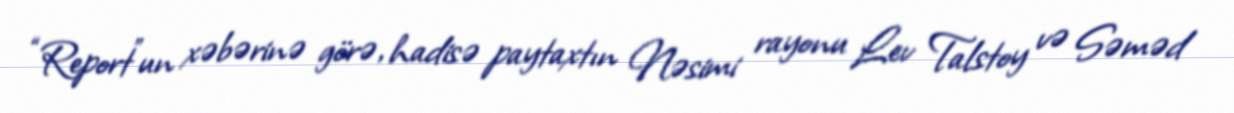
“Report”un xəbərinə görə, hadisə paytaxtın Nəsimi rayonu Lev Talstoy və Səməd